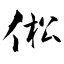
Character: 倯